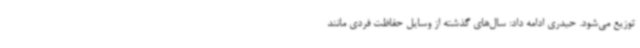
توزیع می‌شود. حیدری ادامه داد: سال‌های گذشته از وسایل حفاظت فردی مانند